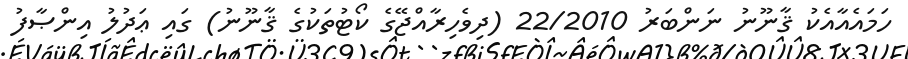
ހަމައެއާއެކު ޤާނޫނު ނަންބަރު 22/2010 (ދިވެހިރާއްޖޭގެ ކޯޓުތަކުގެ ޤާނޫނު) ގައި ޢަދުލު އިންޞާފު